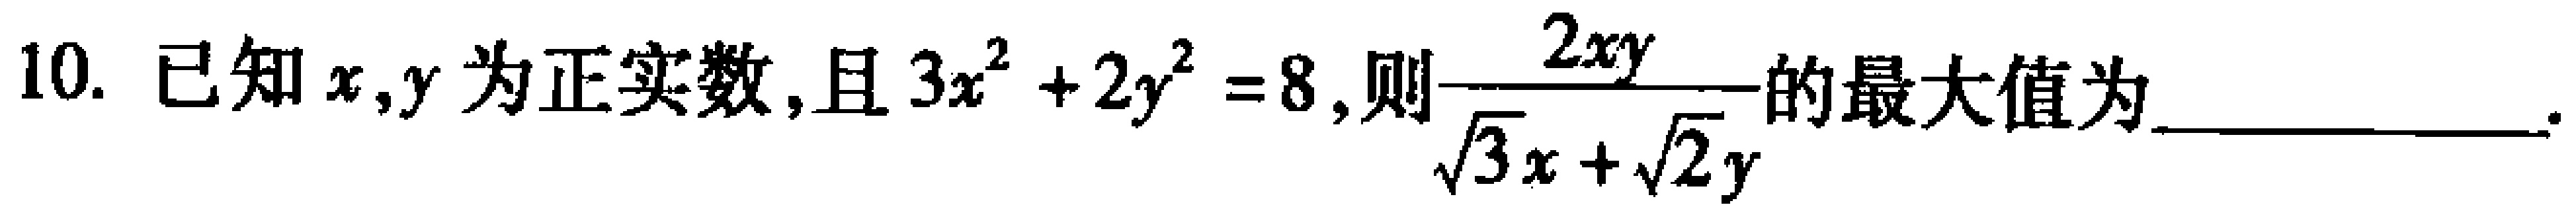
10. 已知\(x,y\)为正实数,且\(3x^{2}+2y^{2}=8\),则\(\frac{2xy}{\sqrt{3}x + \sqrt{2}y}\)的最大值为____________.